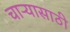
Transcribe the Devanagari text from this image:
चाऱ्यासाठी